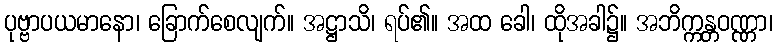
ပုဗ္ဗာပယမာနော၊ ခြောက်စေလျက်။ အဋ္ဌာသိ၊ ရပ်၏။ အထ ခေါ၊ ထိုအခါ၌။ အဘိက္ကန္တဝဏ္ဏာ၊